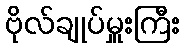
ဗိုလ်ချုပ်မှူးကြီး